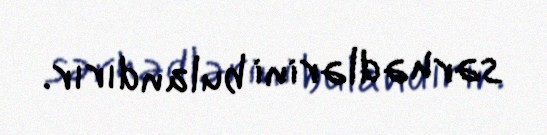
sərhədlərini bulandırır.